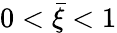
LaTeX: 0<\bar{\xi}<1